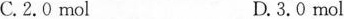
C.2.0mol D.3.0mol